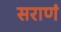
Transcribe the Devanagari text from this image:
सराणं